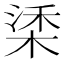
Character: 𣓮